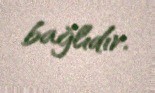
bağlıdır.